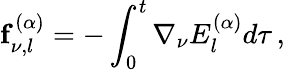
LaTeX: \mathbf{f}_{\nu,l}^{(\alpha)}=-\int_{0}^{t}\nabla_{\nu}E_{l}^{(\alpha)}d\tau\, ,